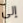
إلى